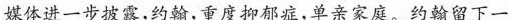
媒体进一步披露，约翰，重度抑郁症，单亲家庭。约翰留下一